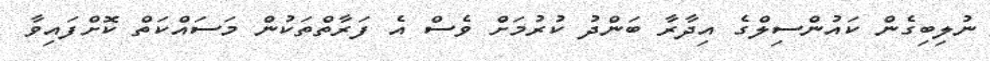
ނުލިބިގެން ކައުންސިލްގެ އިދާރާ ބަންދު ކުރުމަށް ވެސް އެ ފަރާތްތަކުން މަސައްކަތް ކޮށްފައިވާ